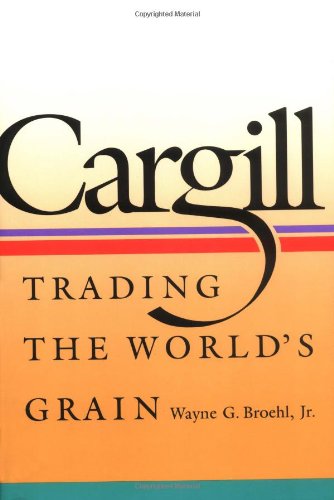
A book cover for Cargill: Trading the World's Grain; Wayne G. Broehl Jr.; Business & Money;